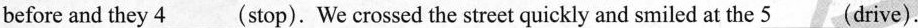
before and they 4___(stop). We crossed the street quickly and smiled at the 5___(drive).